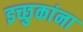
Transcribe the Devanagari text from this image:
इच्छुकांना